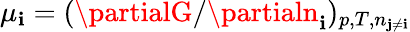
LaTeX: \mu_{\mathbf{i}}=(\partialG/\partialn_{\mathbf{i}})_{p,T,n_{\mathbf{j}\neq\mathbf{i}}}